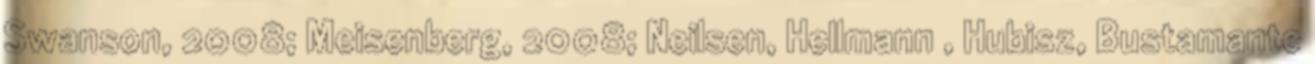
Swanson, 2008; Meisenberg, 2008; Neilsen, Hellmann , Hubisz, Bustamante